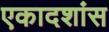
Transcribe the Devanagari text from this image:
एकादशांस